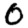
Digit: 0